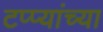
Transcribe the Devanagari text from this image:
टप्प्यांच्या